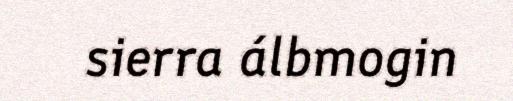
sierra álbmogin